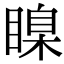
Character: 𥉒